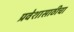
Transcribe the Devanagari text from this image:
प्रवेशासाठीचा